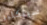
سينكلير